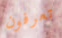
تعرفون